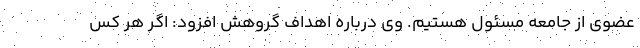
عضوی از جامعه مسئول هستیم. وی درباره اهداف گروهش افزود: اگر هر کس